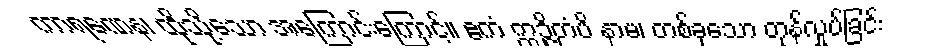
ကာရဏေန၊ ထိုသို့သော အကြောင်းကြောင့်။ ဧကံ ဣဉ္ဇိတံပိ နာမ၊ တစ်ခုသော တုန်လှုပ်ခြင်း